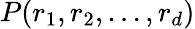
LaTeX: P(r_{1},r_{2},...,r_{d})